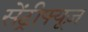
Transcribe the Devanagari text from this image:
सेंट्रीफ्यूज़